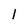
Character: 1